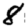
Digit: 8